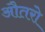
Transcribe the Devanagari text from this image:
औतरो